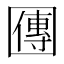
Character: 𡈬